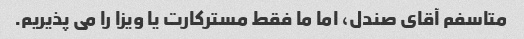
متاسفم آقای صندل، اما ما فقط مسترکارت یا ویزا را می پذیریم.